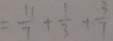
= \frac { 1 1 } { 7 } + \frac { 1 } { 3 } + \frac { 3 } { 7 }